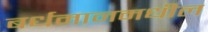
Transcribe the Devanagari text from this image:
बर्धमानमधील